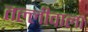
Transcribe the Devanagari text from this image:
तल्लीवाला